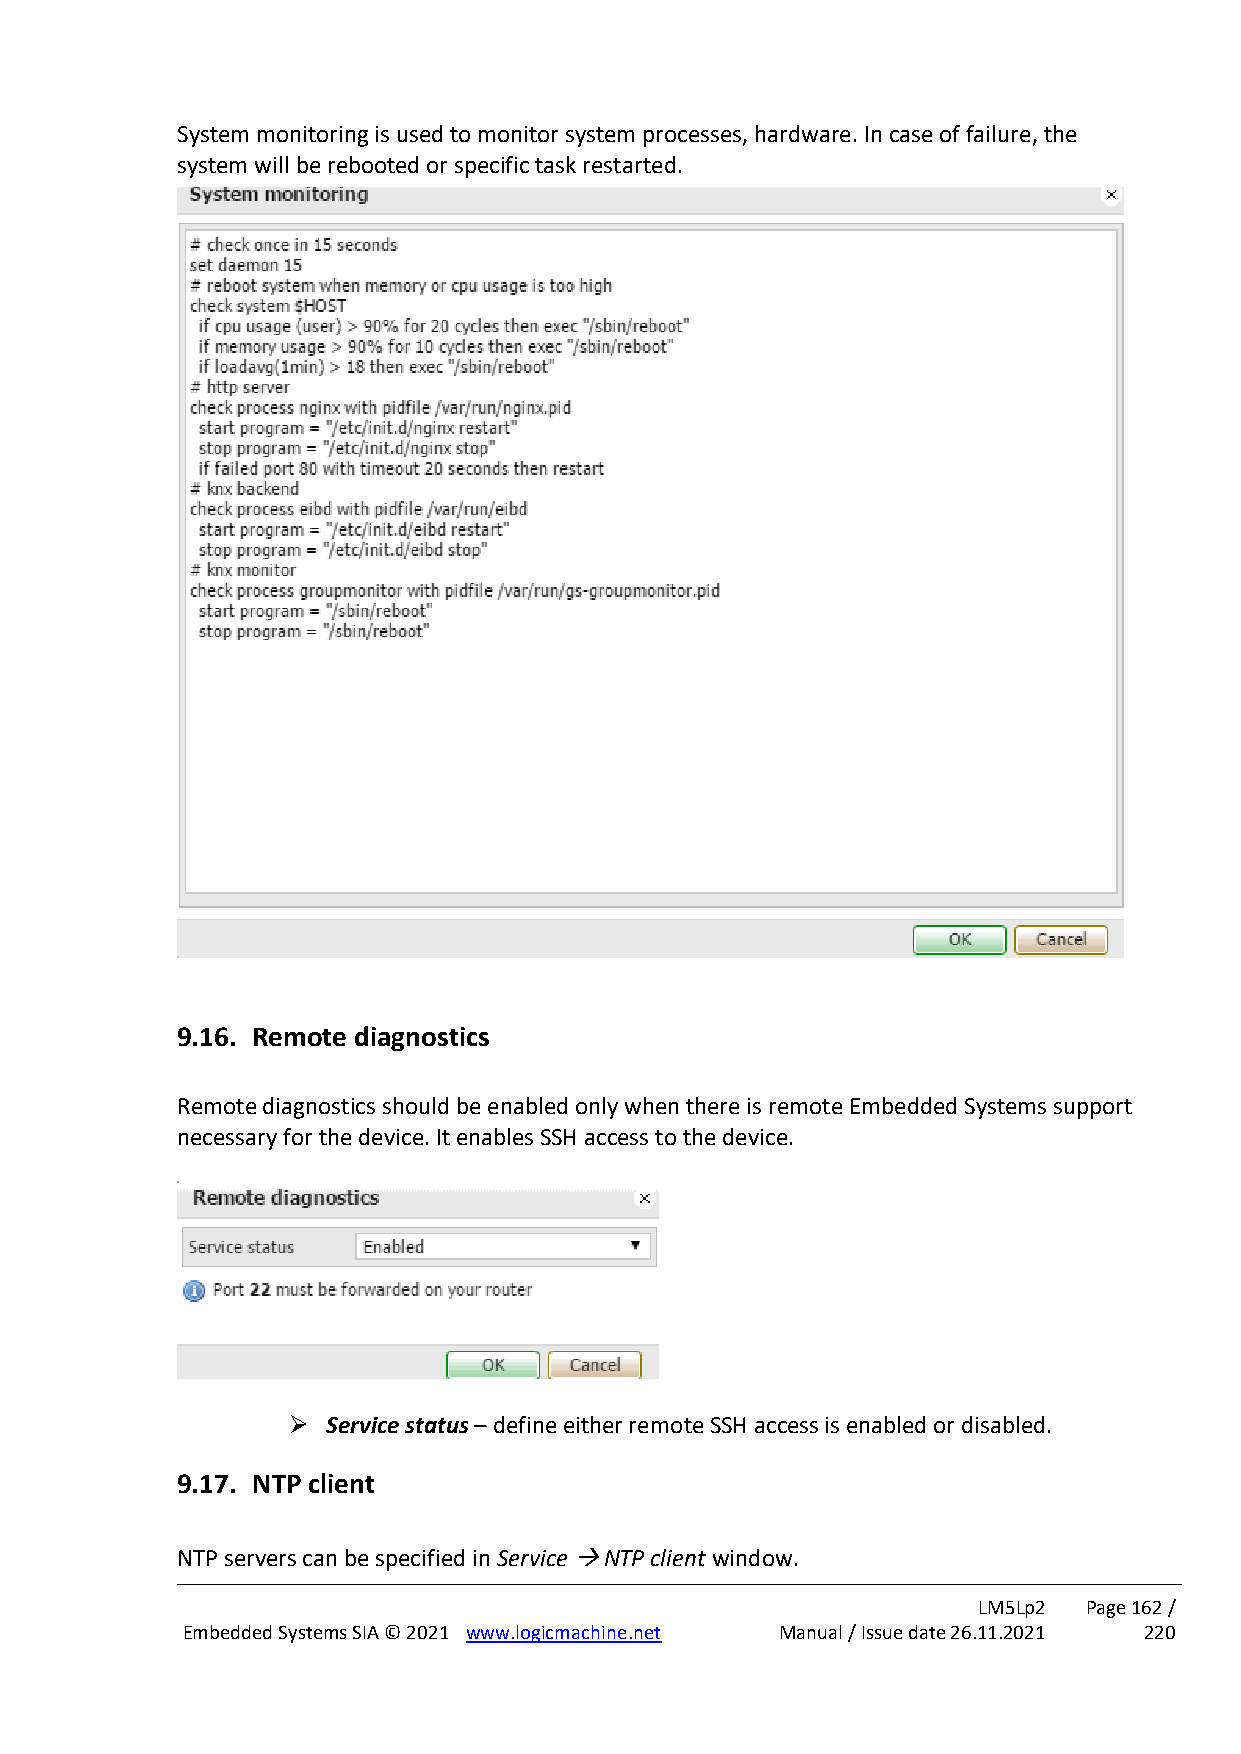
System monitoring is used to monitor system processes, hardware. In case of failure, the
 system will be rebooted or specific task restarted.
 9.16. Remote diagnostics
 Remote diagnostics should be enabled only when there is remote Embedded Systems support
 necessary for the device. It enables SSH access to the device.
 ➢  Service status – define either remote SSH access is enabled or disabled.
 9.17. NTP client
 NTP servers can be specified in Service → NTP client window.
 LM5Lp2 Page 162 /
 Embedded Systems SIA © 2021 www.logicmachine.net Manual / Issue date 26.11.2021 220